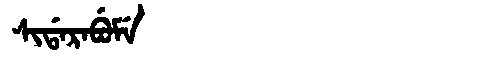
Manchu: ᠰᡳᡩᠠᡵᠠᠪᡠᠮᡝ
Romanization: SIDARABUME